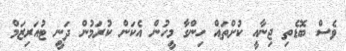
ވެސް ބޮޑެތި ޖިނާއީ ކުށްތައް ހިންގާ މީހުން އެކަން ކުރަމުން ދަނީ ޓުއަރިޒަމް